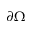
\partial \Omega